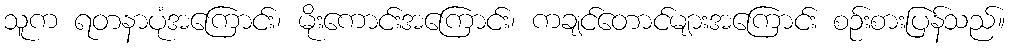
သူက ရတနာပုံအကြောင်း၊ မိုးကောင်းအကြောင်း၊ ကချင်တောင်များအကြောင်း စဉ်းစားပြန်သည်။